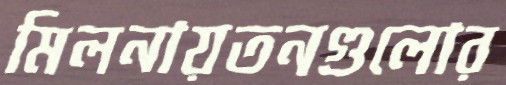
মিলনায়তনগুলোর